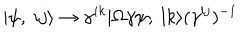
| \psi , \ i j \rangle \rightarrow \gamma ^ { i k } | \Omega \gamma \psi , \ l k \rangle ( \gamma ^ { l j } ) ^ { - 1 }